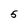
Character: 5